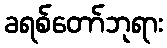
ခရစ်တော်ဘုရား